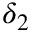
\delta _ { 2 }